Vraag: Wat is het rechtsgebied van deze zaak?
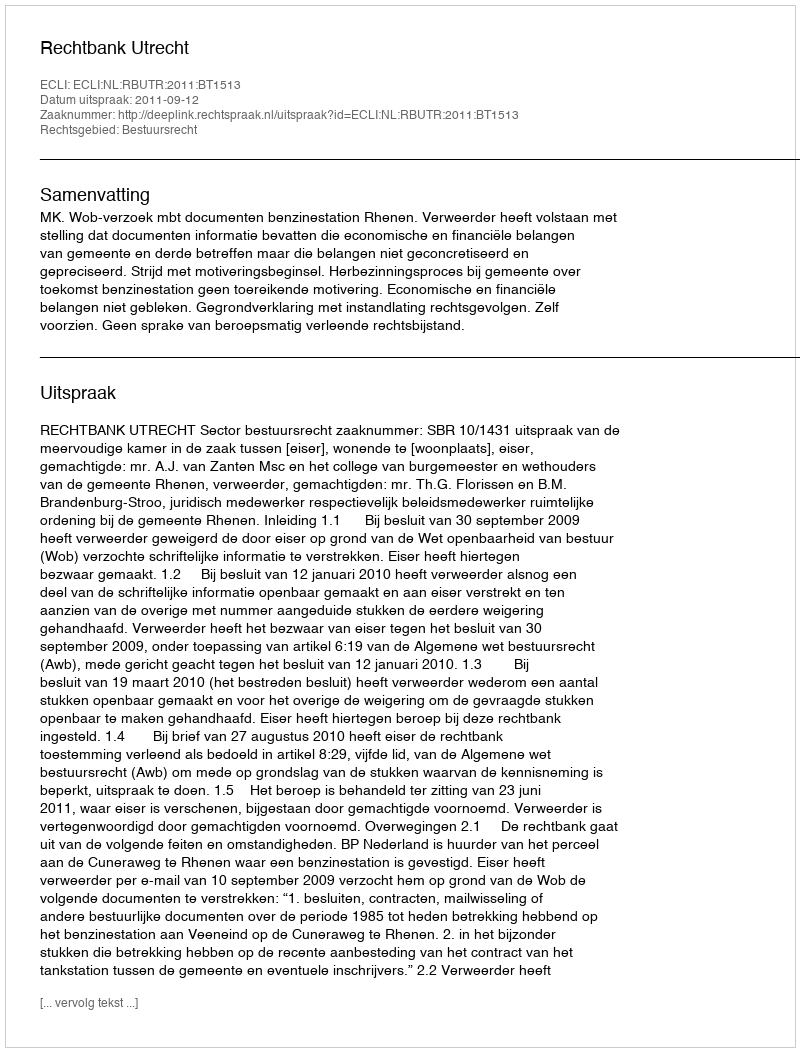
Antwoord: Bestuursrecht